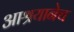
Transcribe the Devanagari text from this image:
आश्रयानेच